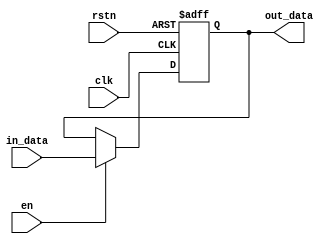
`timescale 1ns / 1ps
//////////////////////////////////////////////////////////////////////////////////
// Company: 
// Engineer: 
// 
// Design Name: 
// Module Name: n_dff
// Project Name: 
// Target Devices: 
// Tool Versions: 
// Description: 
// 
// Dependencies: 
// 
// Revision:
// Revision 0.01 - File Created
// Additional Comments:
// 
//////////////////////////////////////////////////////////////////////////////////


module n_dff // 1 CLOCK
#(
    parameter DATA_WIDTH  =   32
)
(
    input                       clk,
    input                       rstn, 
    input                       en,
    input   [DATA_WIDTH-1:0]    in_data,
    output  [DATA_WIDTH-1:0]    out_data
);
    reg     [DATA_WIDTH-1:0]    X;
        
    always @(posedge clk or negedge rstn) begin
        if(!rstn) begin
            X   <=  1'b0;
        end
        else begin
            if(en)  
                X   <=  in_data;
            else 
                X   <=  X;    
        end
    end
    
    assign  out_data =   X;
endmodule